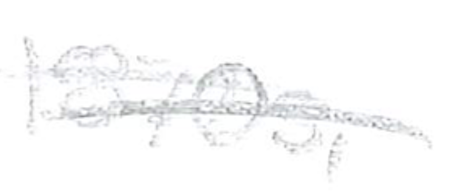
Text: 1870s,
Cross-out: double-line
Writing tool: pencil